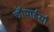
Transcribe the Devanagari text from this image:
चौपाईयाँ